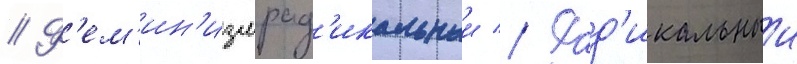
// Ф'ем'ин'измрад'икальныи // Рад'икальныи